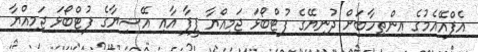
އެފްއޭއެމުގެ އިންތިހާބަށް ދުނިޔޭގެ ފުޓްބޯޅަ ޖަމިއްޔާ ފީފާ އާއި އޭޝިޔާގެ ފުޓްބޯޅަ ޖަމިއްޔާ